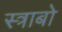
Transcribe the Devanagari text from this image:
स्त्राबो